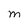
Character: M